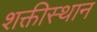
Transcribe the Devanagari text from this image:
शक्तीस्थान